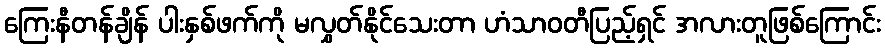
ကြေးနီတန်ချိန် ပါးနှစ်ဖက်ကို မလွှတ်နိုင်သေးတာ ဟံသာဝတီပြည့်ရှင် အလားတူဖြစ်ကြောင်း